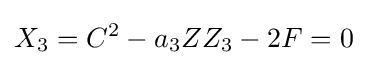
X_{3}=C^{2}-a_{3}ZZ_{3}-2F=0